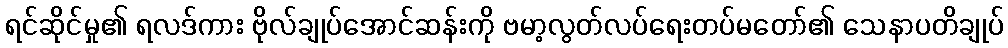
ရင်ဆိုင်မှု၏ ရလဒ်ကား ဗိုလ်ချုပ်အောင်ဆန်းကို ဗမာ့လွတ်လပ်ရေးတပ်မတော်၏ သေနာပတိချုပ်